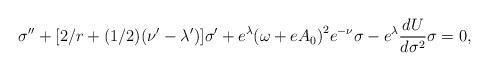
LaTeX: \begin{align*}{\sigma}''+[2/r+(1/2)({\nu}'-{\lambda}')]{\sigma}'+e^{\lambda}{(\omega+eA_0)}^2e^{-\nu} \sigma-e^{\lambda}\frac{dU}{d{\sigma}^2}\sigma=0,\end{align*}